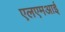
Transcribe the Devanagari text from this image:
एलएमआई